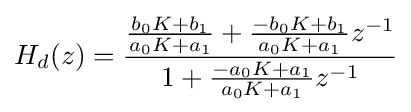
H_{d}(z)={\frac {{\frac {b_{0}K+b_{1}}{a_{0}K+a_{1}}}+{\frac {-b_{0}K+b_{1}}{a_{0}K+a_{1}}}z^{-1}}{1+{\frac {-a_{0}K+a_{1}}{a_{0}K+a_{1}}}z^{-1}}}